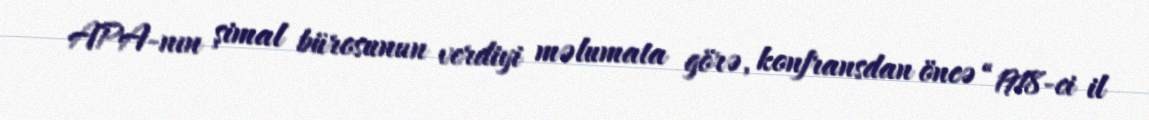
APA-nın şimal bürosunun verdiyi məlumata görə, konfransdan öncə “1918-ci il